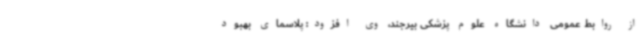
از روابط عمومی دانشگاه علوم پزشکی بیرجند، وی افزود: پلاسمای بهبود